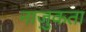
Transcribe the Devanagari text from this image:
नाज़ुकता